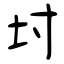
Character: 坿